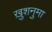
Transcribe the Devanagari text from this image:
ख़ुशनुमा